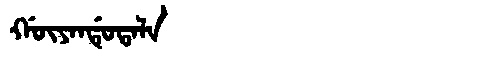
Manchu: ᡤᡡᠶᠠᠨᡩᡠᡨᠠᠯᠠ
Romanization: GŪYANDUTALA